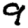
Digit: 9